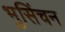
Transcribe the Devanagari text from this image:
भुसिंचन